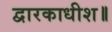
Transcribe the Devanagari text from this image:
द्वारकाधीश॥